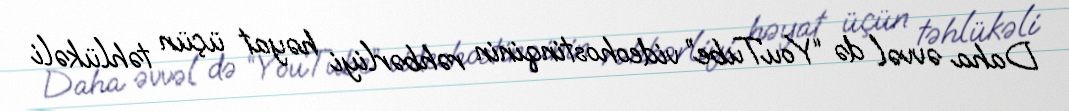
Daha əvvəl də “YouTube” videohostinqinin rəhbərliyi həyat üçün təhlükəli